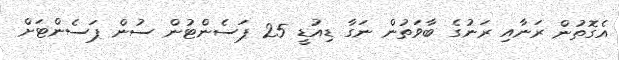
އެގޮތުން ރަނާއި ރަނުގެ ބާވަތުން ނަގާ ޑިއުޑީ 25 ޕަސެންޓުން ސުން ޕަސެންޓަށް